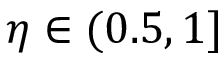
\eta \in ( 0 . 5 , 1 ]